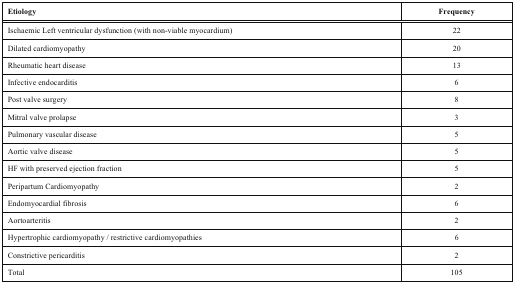
<table><thead><tr><td><b>Etiology</b></td><td><b>Frequency</b></td></tr></thead><tbody><tr><td>Ischaemic Left ventricular dysfunction (with non-viable myocardium)</td><td>22</td></tr><tr><td>Dilated cardiomyopathy</td><td>20</td></tr><tr><td>Rheumatic heart disease</td><td>13</td></tr><tr><td>Infective endocarditis</td><td>6</td></tr><tr><td>Post valve surgery</td><td>8</td></tr><tr><td>Mitral valve prolapse</td><td>3</td></tr><tr><td>Pulmonary vascular disease</td><td>5</td></tr><tr><td>Aortic valve disease</td><td>5</td></tr><tr><td>HF with preserved ejection fraction</td><td>5</td></tr><tr><td>Peripartum Cardiomyopathy</td><td>2</td></tr><tr><td>Endomyocardial fibrosis</td><td>6</td></tr><tr><td>Aortoarteritis</td><td>2</td></tr><tr><td>Hypertrophic cardiomyopathy / restrictive cardiomyopathies</td><td>6</td></tr><tr><td>Constrictive pericarditis</td><td>2</td></tr><tr><td>Total</td><td>105</td></tr></tbody></table>